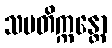
သမတိက္ကန္တော